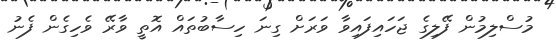
މުސްލިމުން ފޭލިގެ ޖަހައިފައިވާ ވަރަށް ގިނަ ހިސާބުތައް އޮތީ ވާރޭ ވެހިގެން ފެނު